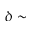
\delta \sim